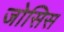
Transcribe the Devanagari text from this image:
जोसिस